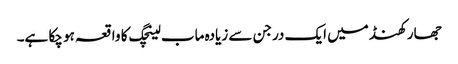
جھارکھنڈ میں ایک درجن سے زیادہ ماب لینچگ کا واقعہ ہو چکا ہے۔